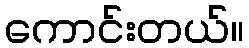
ကောင်းတယ်။